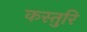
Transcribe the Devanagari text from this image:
कस्तुरि